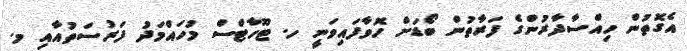
އެގޮތުން ހިއްސާދާރުންގެ ފަރާތުން ބޯޑަށް ހޮވާފައިވަނީ ހ. ޓޫހާޓްސް މުހައްމަދު ފަރުސަތުއާއި މ.